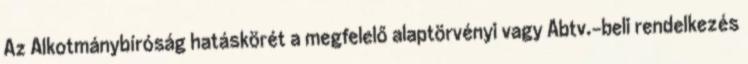
Az Alkotmánybíróság hatáskörét a megfelelő alaptörvényi vagy Abtv.-beli rendelkezés